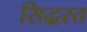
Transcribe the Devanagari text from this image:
सिद्धस्त